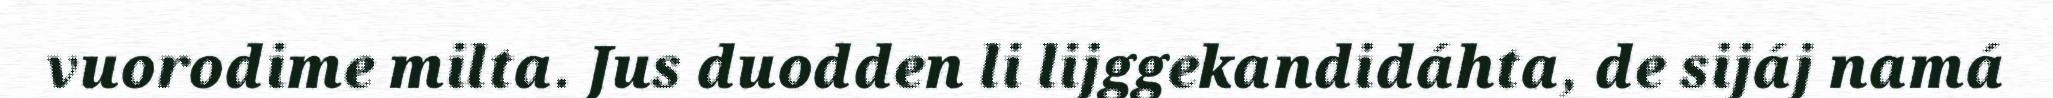
vuorodime milta. Jus duodden li lijggekandidáhta, de sijáj namá